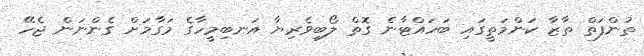
ތުންފަތް ތާޒާ ކަންމަތީގައި ބަހައްޓާނެ ގޮތް ލޯބިވެރިޔާ އަނބިމީހާގެ މަގާމަށް ގެންނަން ޖެހޭ